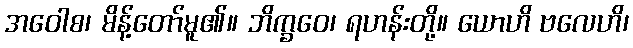
အဝေါစ၊ မိန့်တော်မူ၏။ ဘိက္ခဝေ၊ ရဟန်းတို့။ ယောဟိ ဗလေဟိ၊